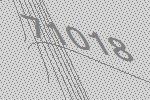
71018